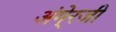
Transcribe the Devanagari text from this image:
अंगे्रजी